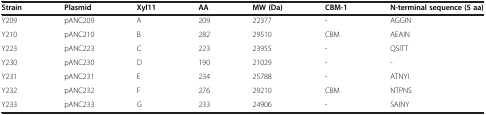
<table><thead><tr><td><b>Strain</b></td><td><b>Plasmid</b></td><td><b>Xyl11</b></td><td><b>AA</b></td><td><b>MW (Da)</b></td><td><b>CBM-1</b></td><td><b>N-terminal sequence (5 aa)</b></td></tr></thead><tbody><tr><td>Y209</td><td>pANC209</td><td>A</td><td>209</td><td>22377</td><td>-</td><td>AGGIN</td></tr><tr><td>Y210</td><td>pANC210</td><td>B</td><td>282</td><td>29510</td><td>CBM</td><td>AEAIN</td></tr><tr><td>Y223</td><td>pANC223</td><td>C</td><td>223</td><td>23955</td><td>-</td><td>QSITT</td></tr><tr><td>Y230</td><td>pANC230</td><td>D</td><td>190</td><td>21029</td><td>-</td><td>-</td></tr><tr><td>Y231</td><td>pANC231</td><td>E</td><td>234</td><td>25788</td><td>-</td><td>ATNYI</td></tr><tr><td>Y232</td><td>pANC232</td><td>F</td><td>276</td><td>29210</td><td>CBM</td><td>NTPNS</td></tr><tr><td>Y233</td><td>pANC233</td><td>G</td><td>233</td><td>24906</td><td>-</td><td>SAINY</td></tr></tbody></table>